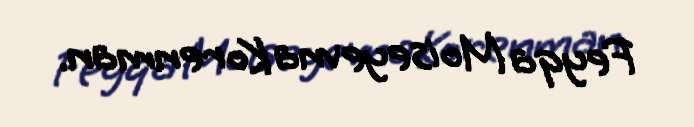
Feyqa Moiseyevna Korenman.